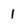
Character: I